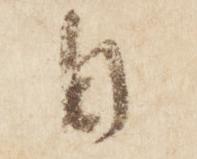
日